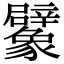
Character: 𧲜